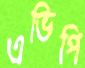
এভিপি